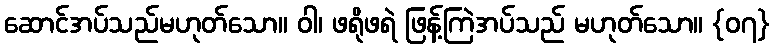
ဆောင်အပ်သည်မဟုတ်သော။ ဝါ၊ ဖရိုဖရဲ ဖြန့်ကြဲအပ်သည် မဟုတ်သော။ {၀၇}